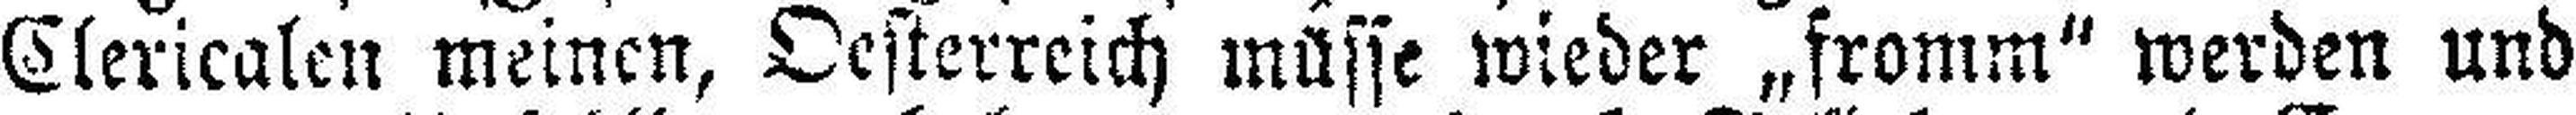
Clericalen meinen, Oesterreich müsse wieder „fromm“ werden und